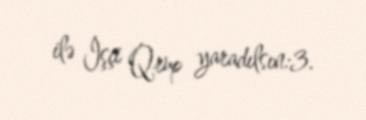
ilə İşçi Qrup yaradılsın:3.